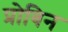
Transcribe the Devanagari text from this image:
प्रोबिन